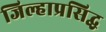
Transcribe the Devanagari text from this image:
जिल्हाप्रसिद्ध